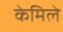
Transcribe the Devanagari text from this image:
केमिले